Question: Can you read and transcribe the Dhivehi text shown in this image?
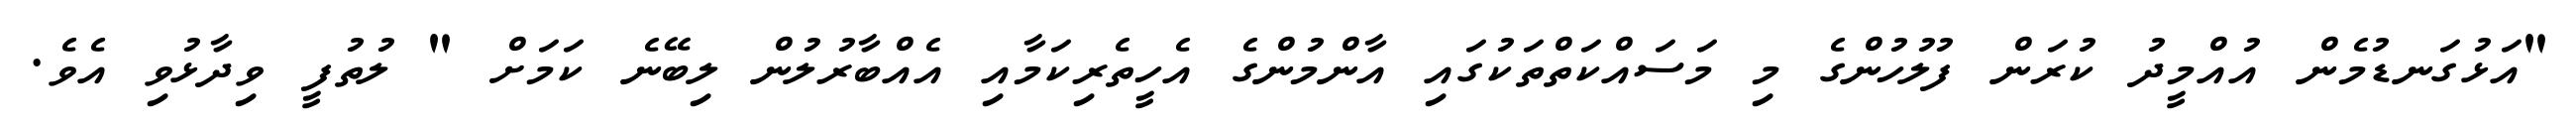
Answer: "އަޅުގަނޑުމެން އުއްމީދު ކުރަން ފުލުހުންގެ މި މަސައްކަތްތަކުގައި އާންމުންގެ އެހީތެރިކަމާއި އެއްބާރުލުން ލިބޭނެ ކަމަށް " ލުތުފީ ވިދާޅުވި އެވެ.